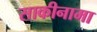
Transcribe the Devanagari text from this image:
साकीनामा